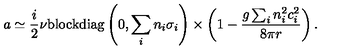
a \simeq \frac { i } { 2 } \nu \mathrm { b l o c k d i a g } \left( 0 , \sum _ { i } n _ { i } \sigma _ { i } \right) \times \left( 1 - \frac { g \sum _ { i } n _ { i } ^ { 2 } c _ { i } ^ { 2 } } { 8 \pi r } \right) .